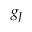
g _ { J }